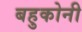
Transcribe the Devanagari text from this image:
बहुकोनी